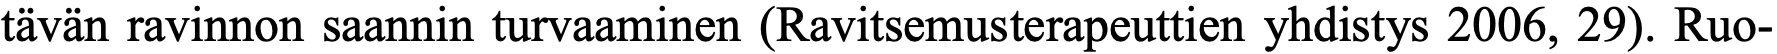
tävän ravinnon saannin turvaaminen (Ravitsemusterapeuttien yhdistys 2006, 29). Ruo-